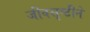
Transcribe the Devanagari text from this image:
जीवसृष्टीने